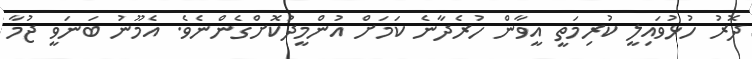
ދޮރު ހުޅުވައިލީ ކުރިމަތީ އީވާން ހުރެދާނެ ކަމަށް އުންމީދުކޮށްގެންނެވެ. އެމޫނު ބަނަވީ ޖުމާ